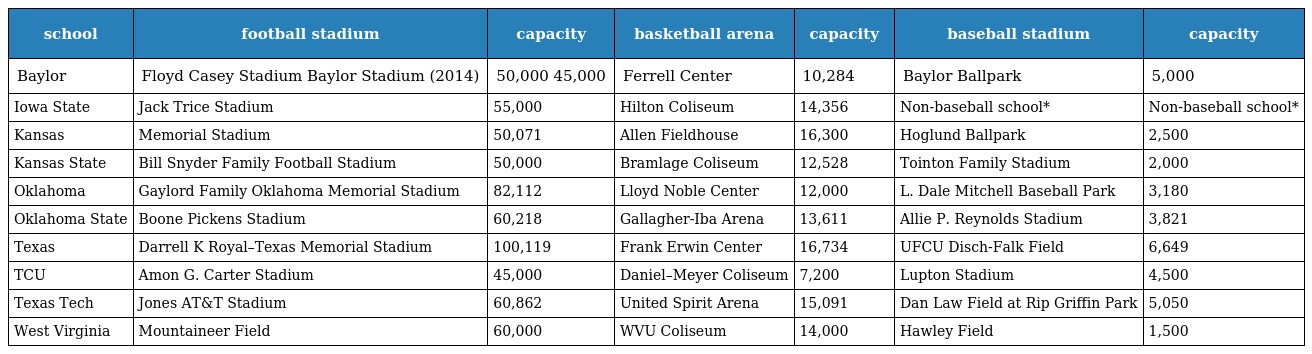
| school | football stadium | capacity | basketball arena | capacity | baseball stadium | capacity |
 | --- | --- | --- | --- | --- | --- | --- |
 | Baylor | Floyd Casey Stadium Baylor Stadium (2014) | 50,000 45,000 | Ferrell Center | 10,284 | Baylor Ballpark | 5,000 |
 | Iowa State | Jack Trice Stadium | 55,000 | Hilton Coliseum | 14,356 | Non-baseball school* | Non-baseball school* |
 | Kansas | Memorial Stadium | 50,071 | Allen Fieldhouse | 16,300 | Hoglund Ballpark | 2,500 |
 | Kansas State | Bill Snyder Family Football Stadium | 50,000 | Bramlage Coliseum | 12,528 | Tointon Family Stadium | 2,000 |
 | Oklahoma | Gaylord Family Oklahoma Memorial Stadium | 82,112 | Lloyd Noble Center | 12,000 | L. Dale Mitchell Baseball Park | 3,180 |
 | Oklahoma State | Boone Pickens Stadium | 60,218 | Gallagher-Iba Arena | 13,611 | Allie P. Reynolds Stadium | 3,821 |
 | Texas | Darrell K Royal–Texas Memorial Stadium | 100,119 | Frank Erwin Center | 16,734 | UFCU Disch-Falk Field | 6,649 |
 | TCU | Amon G. Carter Stadium | 45,000 | Daniel–Meyer Coliseum | 7,200 | Lupton Stadium | 4,500 |
 | Texas Tech | Jones AT&T Stadium | 60,862 | United Spirit Arena | 15,091 | Dan Law Field at Rip Griffin Park | 5,050 |
 | West Virginia | Mountaineer Field | 60,000 | WVU Coliseum | 14,000 | Hawley Field | 1,500 |